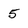
Character: 5